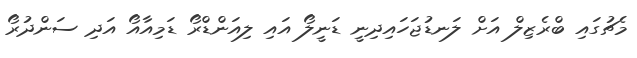
މެޗުގައި ބްރެޒިލް އަށް ލަނޑުޖަހައިދިނީ ޑަނީލޯ އައި ލިއަންޑްރޯ ޑަމިއާއޯ އަދި ސަންދުރޯ